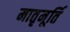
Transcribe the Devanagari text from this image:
मातृमूर्ति